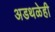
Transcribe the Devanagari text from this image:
अडथळेही